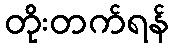
တိုးတက်ရန်